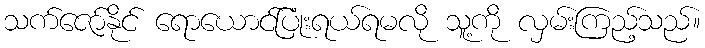
သက်ဇော်နိုင် ရောယောင်ပြုံးရယ်ရမလို သူ့ကို လှမ်းကြည့်သည်။